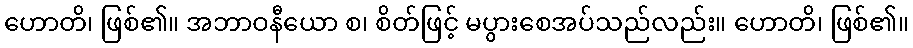
ဟောတိ၊ ဖြစ်၏။ အဘာဝနီယော စ၊ စိတ်ဖြင့် မပွားစေအပ်သည်လည်း။ ဟောတိ၊ ဖြစ်၏။